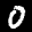
Label: 0